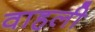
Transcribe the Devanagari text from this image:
वाहली